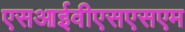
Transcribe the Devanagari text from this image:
एसआईवीएसएसएम